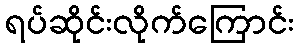
ရပ်ဆိုင်းလိုက်ကြောင်း